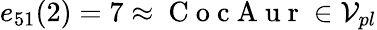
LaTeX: e_{51}(2)=7\approx\mathrm{~C~o~c~A~u~r~}\in\mathcal{V}_{pl}